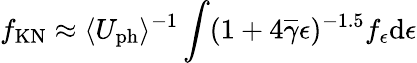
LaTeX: f_{\mathrm{KN}}\approx{\langle}U_{\mathrm{ph}}{\rangle}^{-1}\int(1+4\overline{{\gamma}}\epsilon)^{-1.5}f_{\epsilon}\mathrm{d}\epsilon